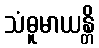
သံဓူမာယန္တိ